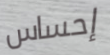
إحساس